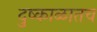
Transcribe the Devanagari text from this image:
दुष्काळातच